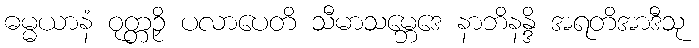
ဓမ္မယာနံ ဝုတ္တဉှိ ပလာပေတိ သီမာသမ္ဘေဒေ နာဘိနန္ဒိ အရတိအာဒီသု